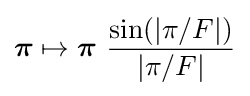
{\boldsymbol {\pi }}\mapsto {\boldsymbol {\pi }}~{\frac {\sin(|\pi /F|)}{|\pi /F|}}